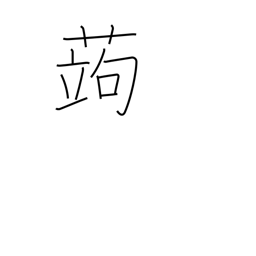
Meaning: devil's tongue (plant)